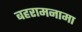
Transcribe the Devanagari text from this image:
बहरामनामा